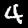
Digit: 4